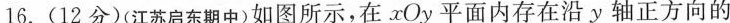
16.(12分)(江苏启东期中)如图所示，在xOy平面内存在沿y轴正方向的